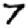
Digit: 7